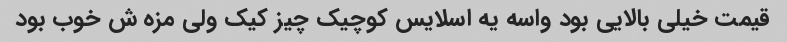
قیمت خیلی بالایی بود واسه یه اسلایس کوچیک چیز کیک ولی مزه ش خوب بود